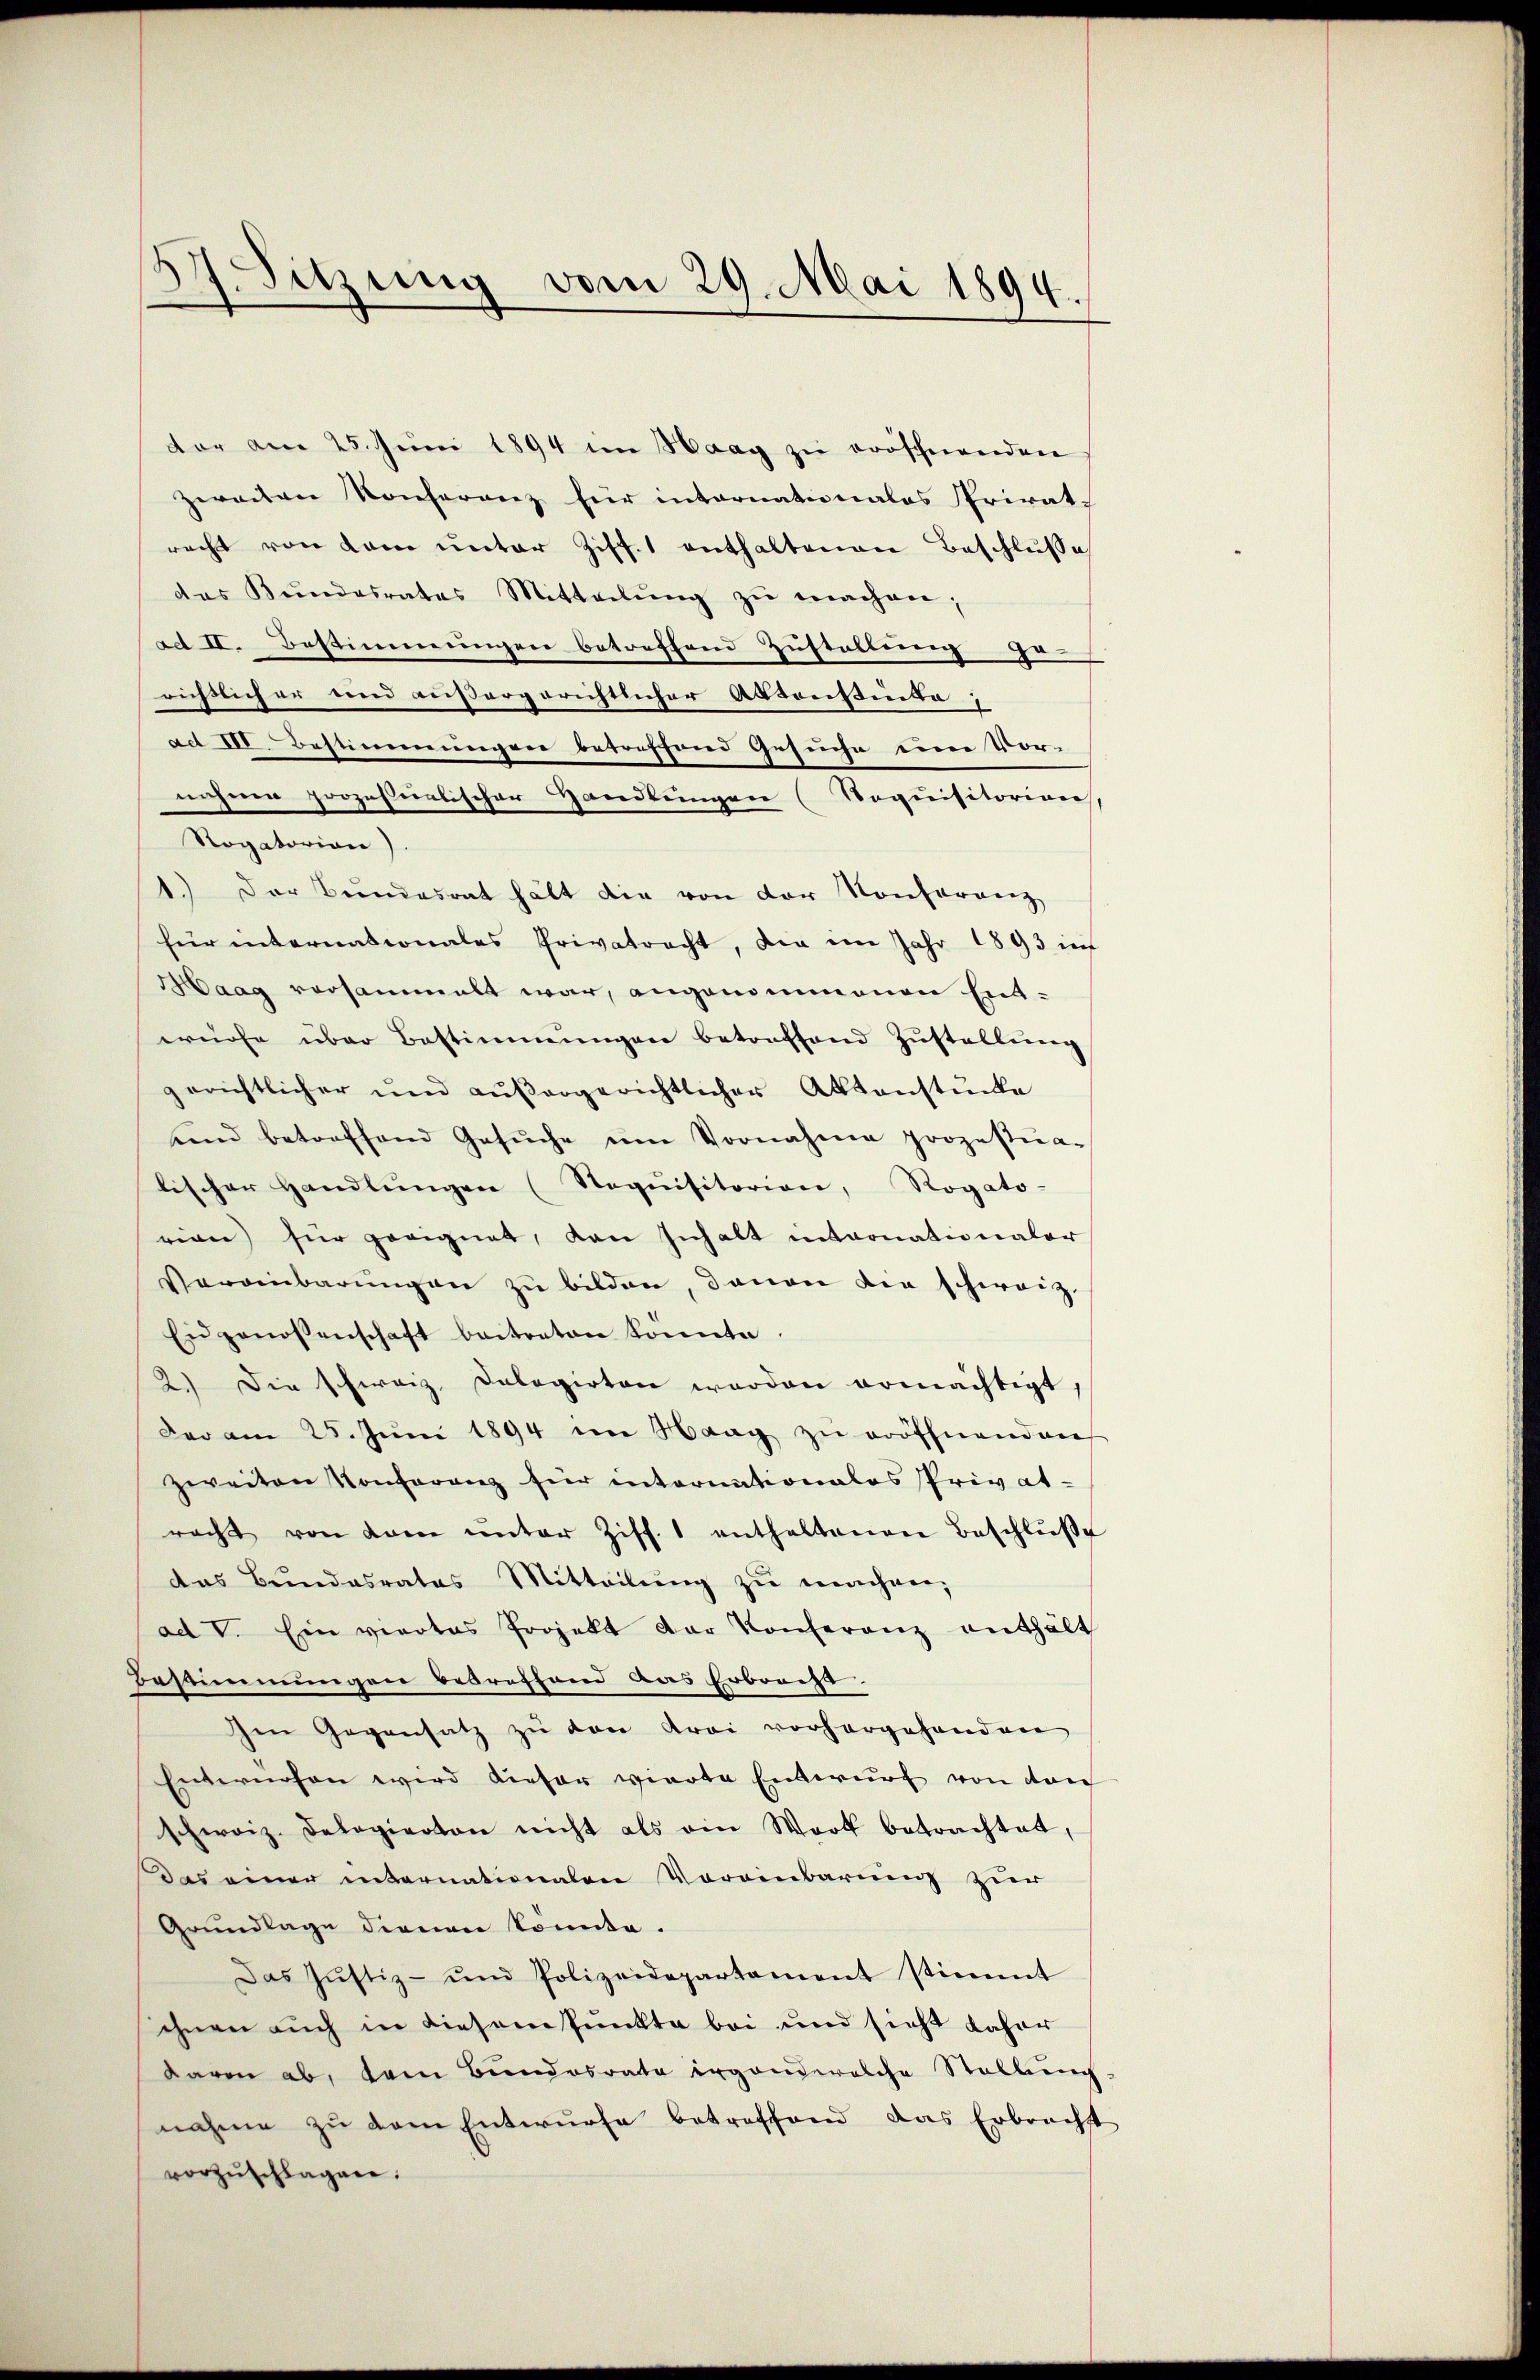
)
Sitzung vom 29. Mai 1894.

vor am 25. Juni 1894 im Haag zu eröschnenden
zweiten Konferenz für internationales Privatrecht von dem ŭnter Ziff. 1 enthaltenen Beschlŭβe
das Kŭndesrates Mitteilŭng zŭ machen;
ad II. Bestimmungen betreffend Zustellung ge
richtlich er und außergerichtlicher Aktenstüke 1
aet III. Bestimmungen betreffend Gesuche eine Vor-
nahme prozesmalischer Handlungen (Noquisitorian,
Rogatorion)
1.) Der Bundesrat hält die von der Konferenz
für internationales Privatrecht, die im Jahr 1893 in
Maag versammelt war, angenommenen Entwürfe über Bestimmungen betreffend Zŭstellŭng
gerichtlicher und aŭβergerichtlicher Aktenstücke
ŭnd betreffend Gesŭche im Vornahme prozestŭa-
lischer Handlŭngen (Stoquisitorion, Rogato-
rien für geeignet, den Inhalt intronationaler
Vereinbarŭngen zu bilden, denen die schweiz.
Eidgenossenschaft beitreten konnte
2.) Die schweiz. Delegirten werden ermächtigt,
der am 25. Jŭni 1894 im Haag zŭ eröffnenden
zweiten Konferenz für internationales Privat-
racht von dem ŭnter Ziff. 1 enthaltenen Beschlŭβe
das Bundesrates Mitteilŭng zŭ machen,
ad V. Ein viertes Projekt der Konferenz enthält
Bestimmungen betreffend das Erbrecht.
Im Gegensatz zu von Krei vorhergehenden
Entwürfen wird dieser vierte Entwurf von den
schweiz. Delegierten nicht als ein Wort betrachtet,
Das einer internationalen Voreinbarung zur
Grŭndlage dienen konnte.
Das Jŭstiz- und Polizeidepartament stimmt
ihnen auch in Liesenspunkte bei und sicht daher
waren ab, kein Bundesrate irgendwelche Stellŭng
nahme zu dem Entwurfe betreffend das Erbrächst
vorzŭschlagen.